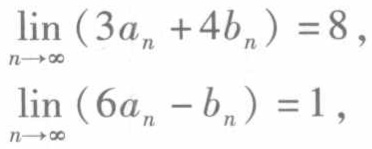
\[\begin{align*}

\lim_{n\rightarrow\infty}(3a_{n}+4b_{n})&=8,\\

\lim_{n\rightarrow\infty}(6a_{n}-b_{n})&=1,

\end{align*}\]